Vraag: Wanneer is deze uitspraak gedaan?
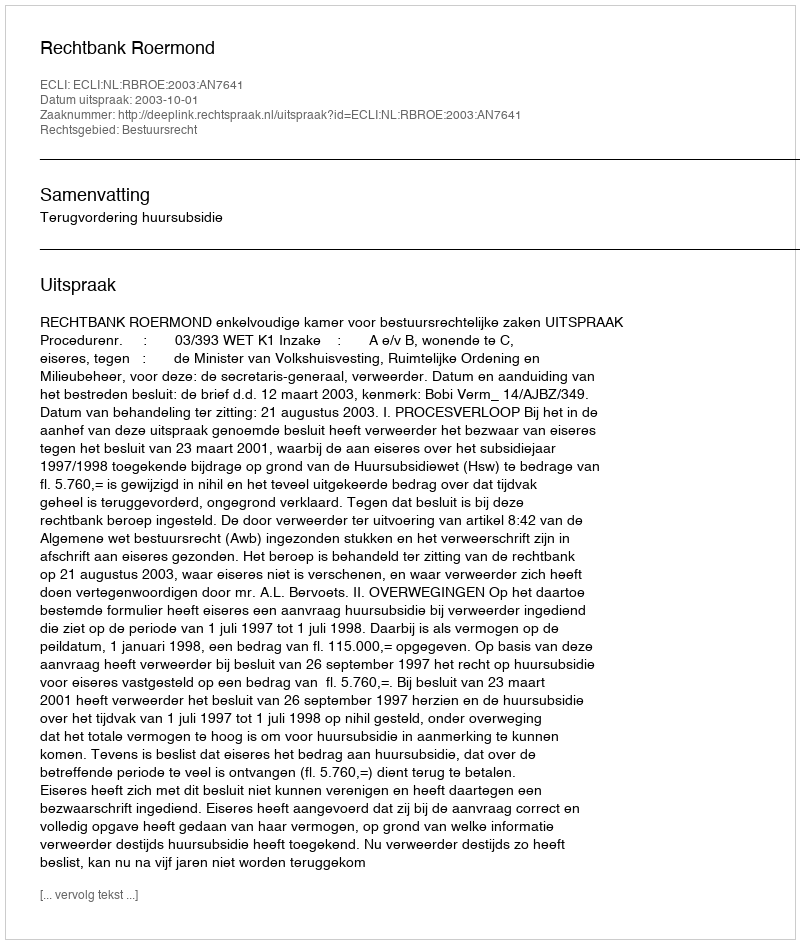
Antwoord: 2003-10-01